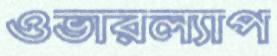
ওভারল্যাপ